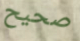
صحيح